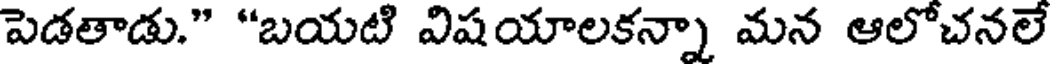
పెడతాడు." "బయటి విషయాలకన్నా మన ఆలోచనలే